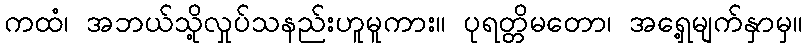
ကထံ၊ အဘယ်သို့လှုပ်သနည်းဟူမူကား။ ပုရတ္တိမတော၊ အရှေ့မျက်နှာမှ။